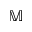
\mathbb { M }